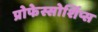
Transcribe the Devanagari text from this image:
प्रोफेस्सोर्शिप्स